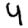
Digit: 4